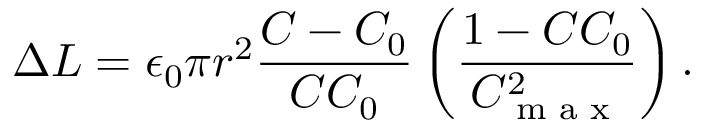
\Delta { } L = \epsilon _ { 0 } \pi { } r ^ { 2 } \frac { C - C _ { 0 } } { C C _ { 0 } } \left( \frac { 1 - C C _ { 0 } } { C _ { \textrm { m a x } } ^ { 2 } } \right) .